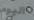
اليوم